Civil Veterinary Department Bihar & Orissa reports 1929-36 - 1929-1936
Year: 1929
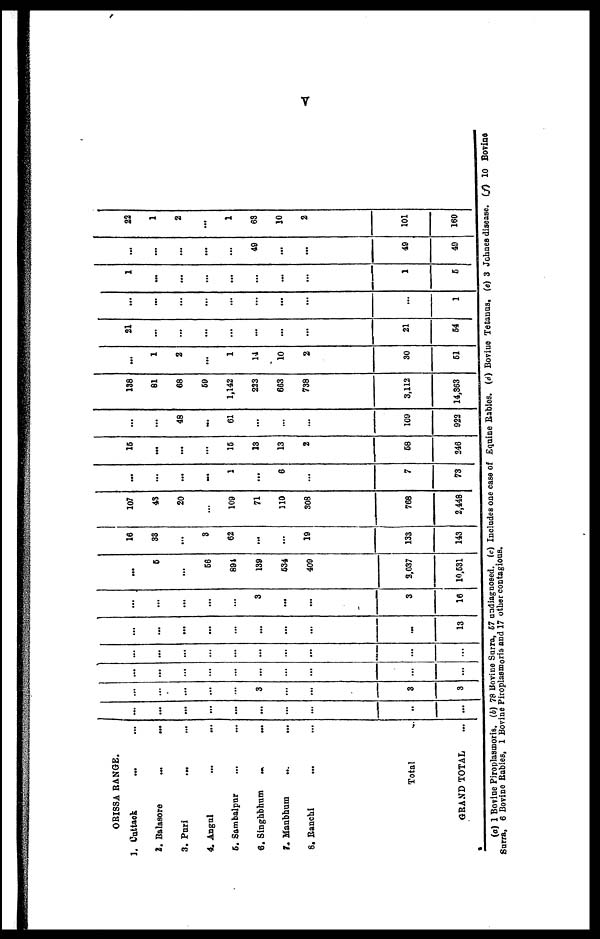
V
ORISSA RANGE.
1.
Cuttack ... ...
2. Balasore
...
...
3. Puri ... ...
4. Angul ... ...
5. Sambalpur
6. Singhbhum
...
...
7. Maubhum ... ...
8. Ranchi ... ...
Total ...
GRAND TOTAL ...
...
...
...
...
...
...
...
...
..
...
...
...
...
...
...
3
...
...
3
3
...
...
...
...
...
...
...
...
...
...
...
...
...
...
...
...
...
...
...
...
...
...
...
...
...
...
...
...
...
13
...
...
...
...
...
3
...
...
3
16
...
6
...
56
891
139
534
409
3.037
10.631
18
33
...
3
62
...
...
19
133
143
107
43
20
...
109
71
110
308
768
2,448
...
...
...
...
1
...
6
...
7
73
16
...
...
...
16
13
13
2
68
248
...
...
48
...
61
...
...
...
100
922
138
81
88
59
1,142
223
663
738
3,112
14,363
...
1
2
...
1
14
10
2
30
61
21
...
...
...
...
...
...
...
21
64
...
...
...
...
...
...
...
...
...
1
1
...
...
...
...
...
...
...
1
6
...
...
...
...
...
49
...
...
49
40
22
1
2
...
1
63
10
2
101
160
(a) 1 Bovine Piroplasmoris. (b) 78 Borine Surra, 67 undiagnosed. (c) Includes one case of Equine Rabies. (d) Bovine Tetanus. (e) 3 Johnes disease. (f) 10 Bovine
Suura, 6 Bovine Rabies, 1 Bovine Piroplasmoris and 17 other contagions.